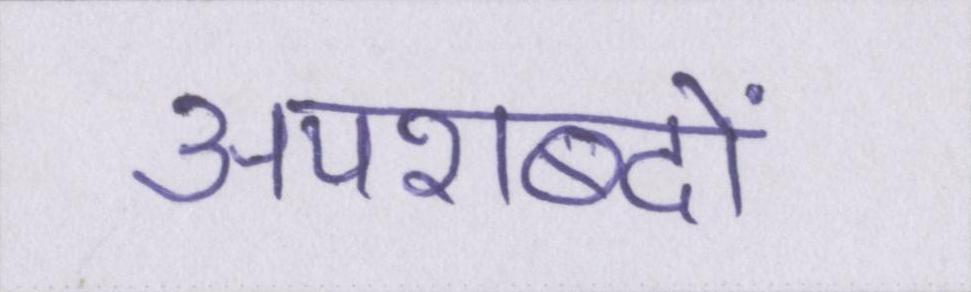
अपशब्दों